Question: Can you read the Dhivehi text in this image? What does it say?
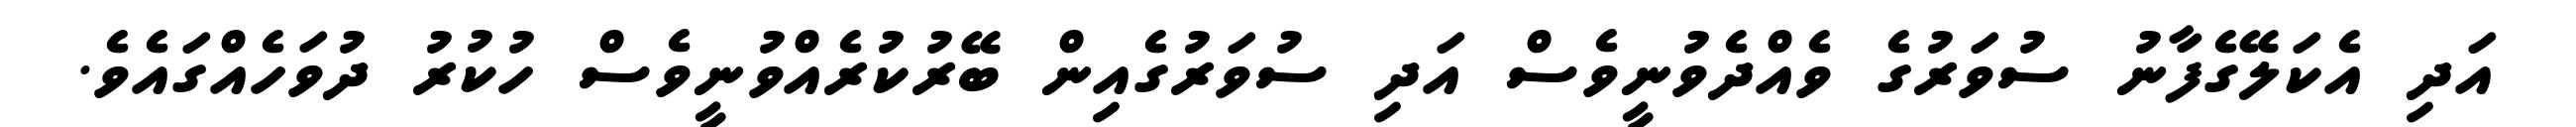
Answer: އަދި އެކަލޭގެފާނު ސުވަރުގެ ވެއްދެވުނީވެސް އަދި ސުވަރުގެއިން ބޭރުކުރެއްވުނީވެސް ހުކުރު ދުވަހެއްގައެވެ.